Report of an investigation into the causes of the diseases known in Assam as Kála-Azár and Beri-Beri
Disease focus: Beri-Beri
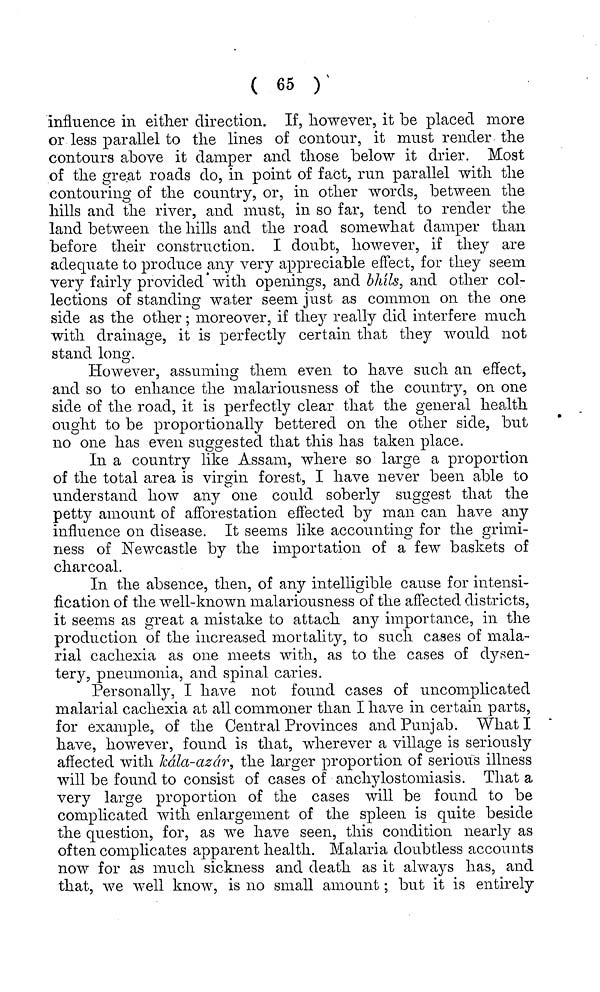
( 65 )
influence in either direction. If, however, it be placed more
or less parallel to the lines of contour, it must render the
contours above it damper and those below it drier. Most
of the great roads do, in point of fact, run parallel with the
contouring of the country, or, in other words, between the
hills and the river, and must, in so far, tend to render the
land between the hills and the road somewhat damper than
before their construction. I doubt, however, if they are
adequate to produce any very appreciable effect, for they seem
very fairly provided with openings, and bhils, and other col-
lections of standing water seem just as common 011 the one
side as the other ; moreover, if they really did interfere much
with drainage, it is perfectly certain that they would not
stand long.
However, assuming them even to have such an effect,
and so to enhance the malariousness of the country, on one
side of the road, it is perfectly clear that the general health
ought to be proportionally bettered on the other side, but
no one has even suggested that this has taken place.
In a country like Assam, where so large a proportion
of the total area is virgin forest, I have never been able to
understand how any one could soberly suggest that the
petty amount of afforestation effected by man can have any
influence on disease. It seems like accounting for the grimi-
ness of Newcastle by the importation of a few baskets of
charcoal.
In the absence, then, of any intelligible cause for intensi-
fication of the well-known malariousness of the affected districts,
it seems as great a mistake to attach any importance, in the
production of the increased mortality, to such cases of mala-
rial cachexia as one meets with, as to the cases of dysen-
tery, pneumonia, and spinal caries.
Personally, I have not found cases of uncomplicated
malarial cachexia at all commoner than I have in certain parts,
for example, of the Central Provinces and Punjab. What I
have, however, found is that, wherever a village is seriously
affected with kála-azár, the larger proportion of serious illness
will be found to consist of cases of anchylostomiasis. That a
very large proportion of the cases will be found to be
complicated with enlargement of the spleen is quite beside
the question, for, as we have seen, this condition nearly as
often complicates apparent health. Malaria doubtless accounts
now for as much sickness and death as it always has, and
that, we well know, is no small amount ; but it is entirely